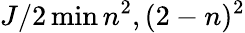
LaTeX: J/2\operatorname*{min}{n^{2},(2-n)^{2}}